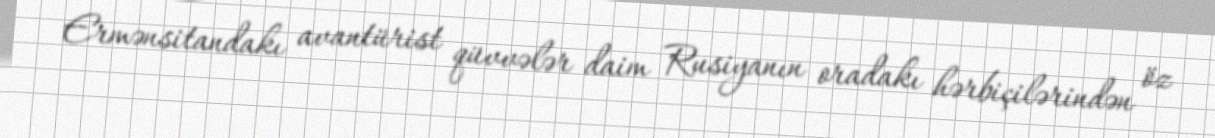
Ermənsitandakı avantürist qüvvələr daim Rusiyanın oradakı hərbiçilərindən öz